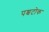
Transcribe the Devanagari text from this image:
पश्चटोक